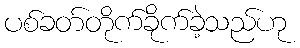
ပစ်ခတ်တိုက်ခိုက်ခဲ့သည်ဟု